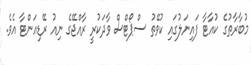
މުބާރާތުގެ ކުއާޓާ ފައިނަލުގައި ކުވޭތު ސްޕޯޓްސް ވާދަކުރީ ރާއްޖޭގެ ނިއު ރޭޑިއަންޓާ އެވެ.